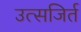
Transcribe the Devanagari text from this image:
उत्सजिर्त